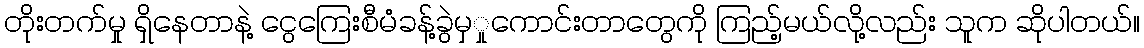
တိုးတက်မှု ရှိနေတာနဲ့ ငွေကြေးစီမံခန့်ခွဲမှှုကောင်းတာတွေကို ကြည့်မယ်လို့လည်း သူက ဆိုပါတယ်။